Mental hospitals Bombay report 1921-28 - 1921-1928
Year: 1921
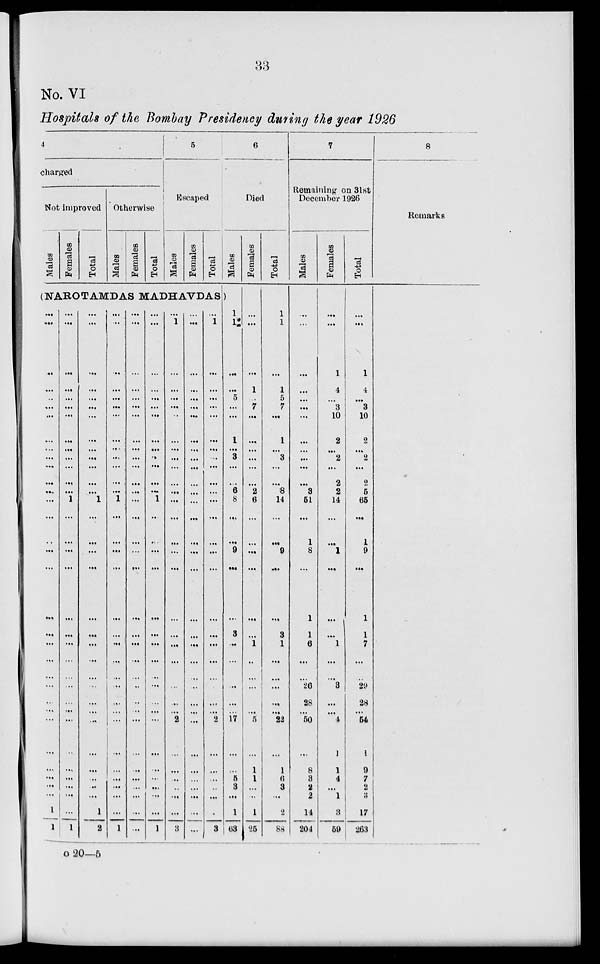
33
No. VI
Hospitals of the Bombay Presidency during the year 1926
4
charged
Not improved
Males
Females
Total
Otherwise
Males
Females
Total
5
Escaped
Males
Females
Total
(NAROTAMDAS MADHAVDAS)
...
...
..
...
...
...
...
...
...
...
...
...
...
...
...
...
...
...
...
...
...
...
...
...
...
...
...
...
...
...
...
...
1
1
...
...
...
...
...
...
...
...
...
...
...
...
...
1
...
...
...
...
...
...
...
...
...
...
...
...
...
...
...
...
...
...
...
1
...
...
...
...
...
...
...
...
...
...
...
...
...
1
...
...
...
...
...
...
...
...
...
...
...
...
...
...
...
...
...
...
1
2
...
...
...
...
...
...
...
...
...
...
...
...
...
1
...
...
...
...
...
...
...
...
...
...
...
...
...
...
...
...
...
...
...
1
...
...
...
...
...
...
...
...
...
...
...
...
...
...
...
...
...
...
...
...
...
...
...
...
...
...
...
...
...
...
...
...
...
...
...
...
...
...
...
...
...
...
...
...
...
...
...
1
...
...
...
...
...
...
...
...
...
...
...
...
...
...
...
...
...
...
...
1
...
1
...
...
...
...
..
...
...
...
...
...
...
...
...
...
...
...
...
...
...
...
...
...
...
...
2
...
...
...
...
...
...
3
...
...
...
...
...
...
...
...
...
...
...
...
...
...
...
...
...
...
...
...
...
...
...
...
...
...
...
...
...
...
...
...
...
...
...
1
...
...
...
...
...
...
...
...
...
...
...
...
...
...
...
...
...
...
...
...
...
...
...
...
2
...
...
...
...
...
...
3
6
Died
Males
1
1
...
...
5
...
...
1
...
3
...
...
6
8
...
...
9
...
...
3
...
...
...
...
...
...
17
...
...
5
3
...
1
63
Females
...
...
...
1
...
7
...
...
...
...
...
...
2
6
...
...
...
...
...
...
1
...
...
...
...
...
5
...
1
1
...
...
1
25
Total
1
1
...
1
5
7
...
1
...
3
...
...
8
14
...
...
9
...
...
3
1
...
...
...
...
...
22
...
1
6
3
...
2
88
7
Remaining on 31st
December 1926
Males
...
...
...
...
...
...
...
...
...
...
...
...
3
51
...
1
8
...
1
1
6
...
...
26
28
...
50
...
8
3
2
2
14
204
Females
...
...
1
4
...
3
10
2
...
2
...
2
2
14
...
...
1
...
...
...
1
...
...
3
...
...
4
1
1
4
...
1
3
59
Total
...
...
1
4
...
3
10
2
...
2
...
2
5
65
...
1
9
...
1
1
7
...
...
29
28
...
54
1
9
7
2
3
17
263
8
Remarks
o 20—5